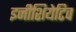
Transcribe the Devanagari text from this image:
इनीशियेटिव